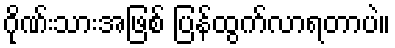
ဂိုဏ်းသားအဖြစ် ပြန်ထွက်လာရတာပဲ။